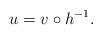
LaTeX: \begin{align*} u=v\circ h^{-1}.\end{align*}